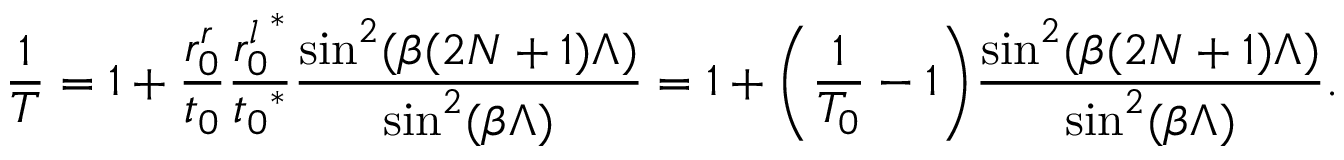
\frac { 1 } { T } = 1 + { \frac { r _ { 0 } ^ { r } } { t _ { 0 } } } { \frac { { r _ { 0 } ^ { l } } ^ { * } } { { t _ { 0 } } ^ { * } } \frac { \sin ^ { 2 } ( \beta ( 2 N + 1 ) \Lambda ) } { \sin ^ { 2 } ( \beta \Lambda ) } } = 1 + \bigg ( \frac { 1 } { T _ { 0 } } - 1 \bigg ) \frac { \sin ^ { 2 } ( \beta ( 2 N + 1 ) \Lambda ) } { { \sin ^ { 2 } ( \beta \Lambda ) } } .